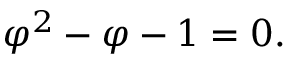
{ \varphi } ^ { 2 } - \varphi - 1 = 0 .